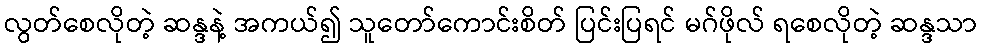
လွတ်စေလိုတဲ့ ဆန္ဒနဲ့ အကယ်၍ သူတော်ကောင်းစိတ် ပြင်းပြရင် မဂ်ဖိုလ် ရစေလိုတဲ့ ဆန္ဒသာ